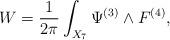
LaTeX: \begin{align*}W = \frac {1}{2 \pi} \int_{X_7} \Psi^{(3)} \wedge F^{(4)},\end{align*}